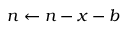
n \leftarrow n - x - b